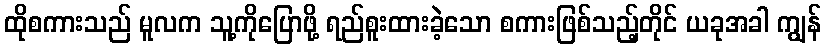
ထိုစကားသည် မူလက သူ့ကိုပြောဖို့ ရည်စူးထားခဲ့သော စကားဖြစ်သည့်တိုင် ယခုအခါ ကျွန်